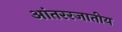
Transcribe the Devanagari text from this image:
आंतररजातीय